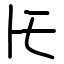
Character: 𪜈